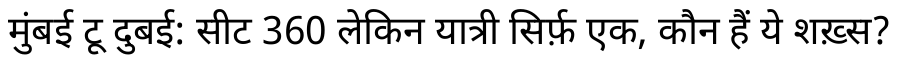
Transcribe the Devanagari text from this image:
मुंबई टू दुबई: सीट 360 लेकिन यात्री सिर्फ़ एक, कौन हैं ये शख़्स?